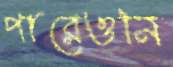
পারেওনি